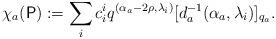
LaTeX: \begin{align*}\chi_a(\mathsf{P}) := \sum_i c^i_i q^{(\alpha_a - 2\rho, \lambda_i)} [d_a^{-1} (\alpha_a, \lambda_i)]_{q_a}.\end{align*}